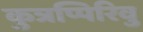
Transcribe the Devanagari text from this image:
कुत्रप्पिरिवु